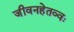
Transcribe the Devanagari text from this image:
जीवनहेतव्वः